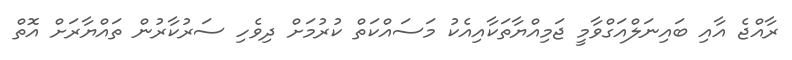
ރާއްޖެ އާއި ބައިނަލްއަގްވާމީ ޖަމިއްޔާތަކާއިއެކު މަސައްކަތް ކުރުމަށް ދިވެހި ސަރުކާރުން ތައްޔާރަށް އޮތް